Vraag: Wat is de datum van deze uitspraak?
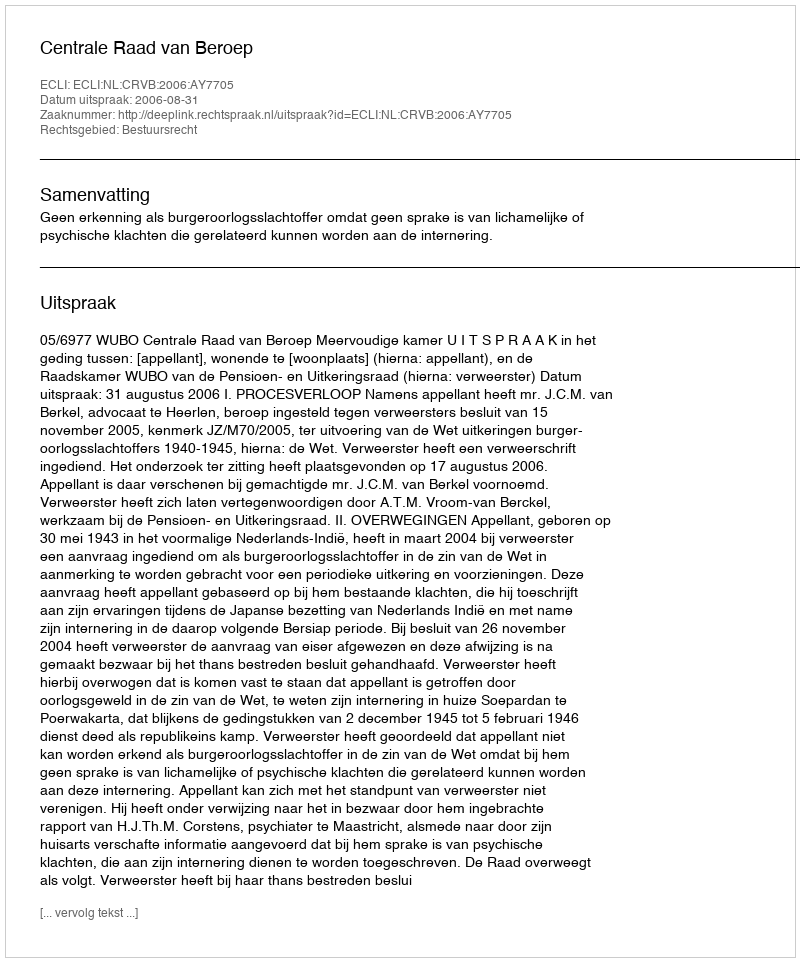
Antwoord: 2006-08-31